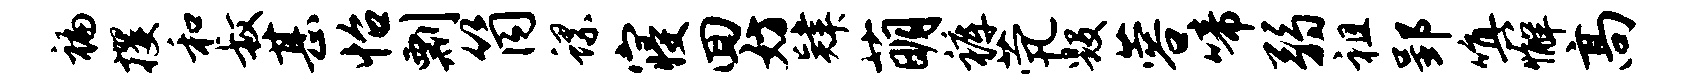
褊攫和叔甚怡剽筒螺寝回妨肄萌裤茕毁蓉啼弱祖郢嗔懈高